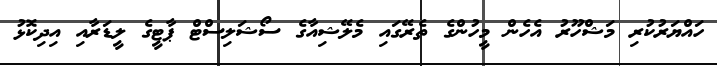
ހައްޔަރުކުރި މަޝްހޫރު އެހެން މީހުންގެ ތެރޭގައި މެލޭޝިއާގެ ސޯޝަލިސްޓް ޕާޓީގެ ލީޑަރާއި އިދިކޮޅު